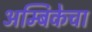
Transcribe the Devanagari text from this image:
अम्बिकेचा